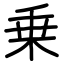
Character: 乗